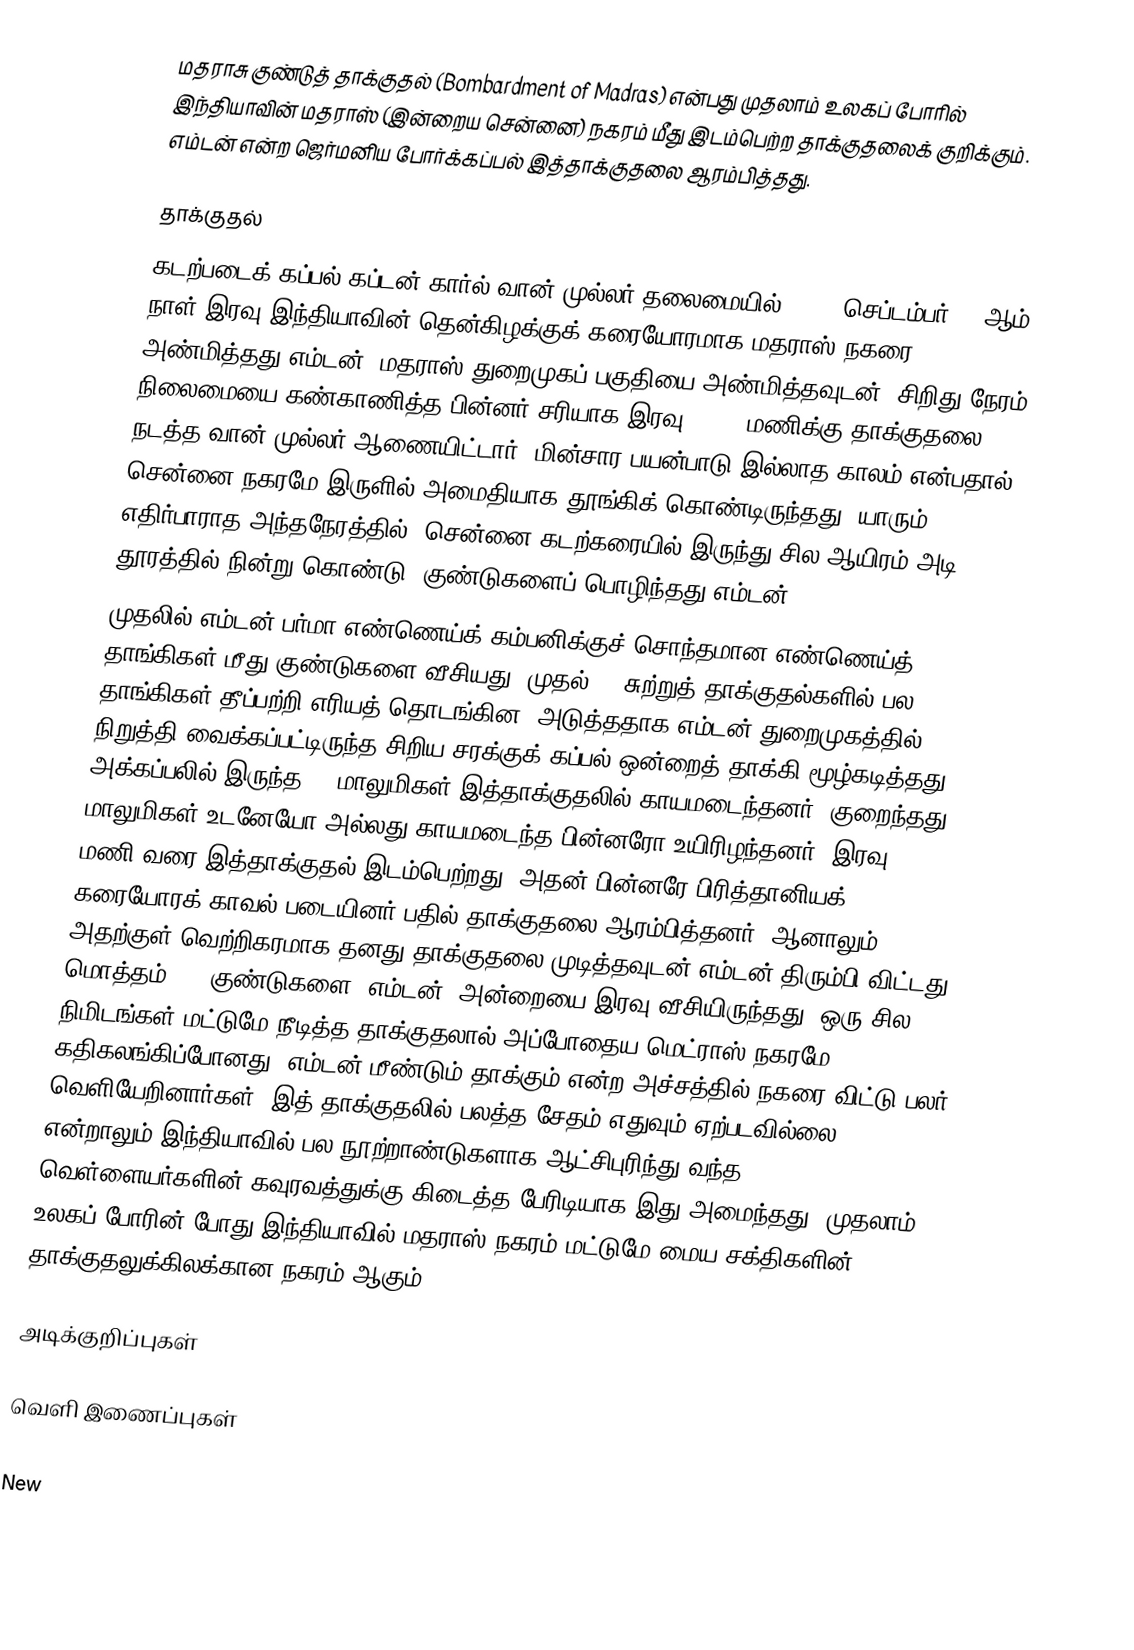
மதராசு குண்டுத் தாக்குதல் (Bombardment of Madras) என்பது முதலாம் உலகப் போரில் இந்தியாவின் மதராஸ் (இன்றைய சென்னை) நகரம் மீது இடம்பெற்ற தாக்குதலைக் குறிக்கும். எம்டன் என்ற ஜெர்மனிய போர்க்கப்பல் இத்தாக்குதலை ஆரம்பித்தது.

தாக்குதல்
கடற்படைக் கப்பல் கப்டன் கார்ல் வான் முல்லர் தலைமையில் 1914, செப்டம்பர் 22 ஆம் நாள் இரவு இந்தியாவின் தென்கிழக்குக் கரையோரமாக மதராஸ் நகரை அண்மித்தது எம்டன். மதராஸ் துறைமுகப் பகுதியை அண்மித்தவுடன், சிறிது நேரம் நிலைமையை கண்காணித்த பின்னர் சரியாக இரவு 09:30 மணிக்கு தாக்குதலை நடத்த வான் முல்லர் ஆணையிட்டார். மின்சார பயன்பாடு இல்லாத காலம் என்பதால் சென்னை நகரமே இருளில் அமைதியாக தூங்கிக் கொண்டிருந்தது. யாரும் எதிர்பாராத அந்தநேரத்தில், சென்னை கடற்கரையில் இருந்து சில ஆயிரம் அடி தூரத்தில் நின்று கொண்டு, குண்டுகளைப் பொழிந்தது எம்டன்.
முதலில் எம்டன் பர்மா எண்ணெய்க் கம்பனிக்குச் சொந்தமான எண்ணெய்த் தாங்கிகள் மீது குண்டுகளை வீசியது. முதல் 30 சுற்றுத் தாக்குதல்களில் பல தாங்கிகள் தீப்பற்றி எரியத் தொடங்கின. அடுத்ததாக எம்டன் துறைமுகத்தில் நிறுத்தி வைக்கப்பட்டிருந்த சிறிய சரக்குக் கப்பல் ஒன்றைத் தாக்கி மூழ்கடித்தது. அக்கப்பலில் இருந்த 26 மாலுமிகள் இத்தாக்குதலில் காயமடைந்தனர். குறைந்தது 5 மாலுமிகள் உடனேயோ அல்லது காயமடைந்த பின்னரோ உயிரிழந்தனர். இரவு 10:00 மணி வரை இத்தாக்குதல் இடம்பெற்றது. அதன் பின்னரே பிரித்தானியக் கரையோரக் காவல் படையினர் பதில் தாக்குதலை ஆரம்பித்தனர். ஆனாலும், அதற்குள் வெற்றிகரமாக தனது தாக்குதலை முடித்தவுடன் எம்டன் திரும்பி விட்டது. மொத்தம் 125 குண்டுகளை "எம்டன்" அன்றையை இரவு வீசியிருந்தது. ஒரு சில நிமிடங்கள் மட்டுமே நீடித்த தாக்குதலால் அப்போதைய மெட்ராஸ் நகரமே கதிகலங்கிப்போனது. எம்டன் மீண்டும் தாக்கும் என்ற அச்சத்தில் நகரை விட்டு பலர் வெளியேறினார்கள். இத் தாக்குதலில் பலத்த சேதம் எதுவும் ஏற்படவில்லை என்றாலும் இந்தியாவில் பல நூற்றாண்டுகளாக ஆட்சிபுரிந்து வந்த வெள்ளையர்களின் கவுரவத்துக்கு கிடைத்த பேரிடியாக இது அமைந்தது. முதலாம் உலகப் போரின் போது இந்தியாவில் மதராஸ் நகரம் மட்டுமே மைய சக்திகளின் தாக்குதலுக்கிலக்கான நகரம் ஆகும்.

அடிக்குறிப்புகள்

வெளி இணைப்புகள்
Karl Friedrich Max von Müller: Captain of the Emden During World War I by John M. Taylor
New